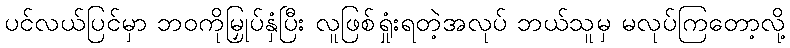
ပင်လယ်ပြင်မှာ ဘဝကိုမြှုပ်နှံပြီး လူဖြစ်ရှုံးရတဲ့အလုပ် ဘယ်သူမှ မလုပ်ကြတော့လို့